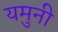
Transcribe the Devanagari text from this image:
यमुनी